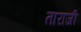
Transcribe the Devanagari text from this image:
ताराजी